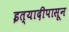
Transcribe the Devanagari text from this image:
इत्यादीपासून